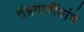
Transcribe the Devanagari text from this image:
तंत्रमार्गीयांचे